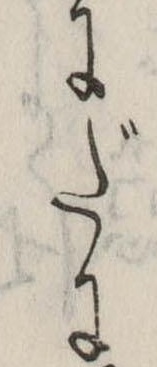
にだに